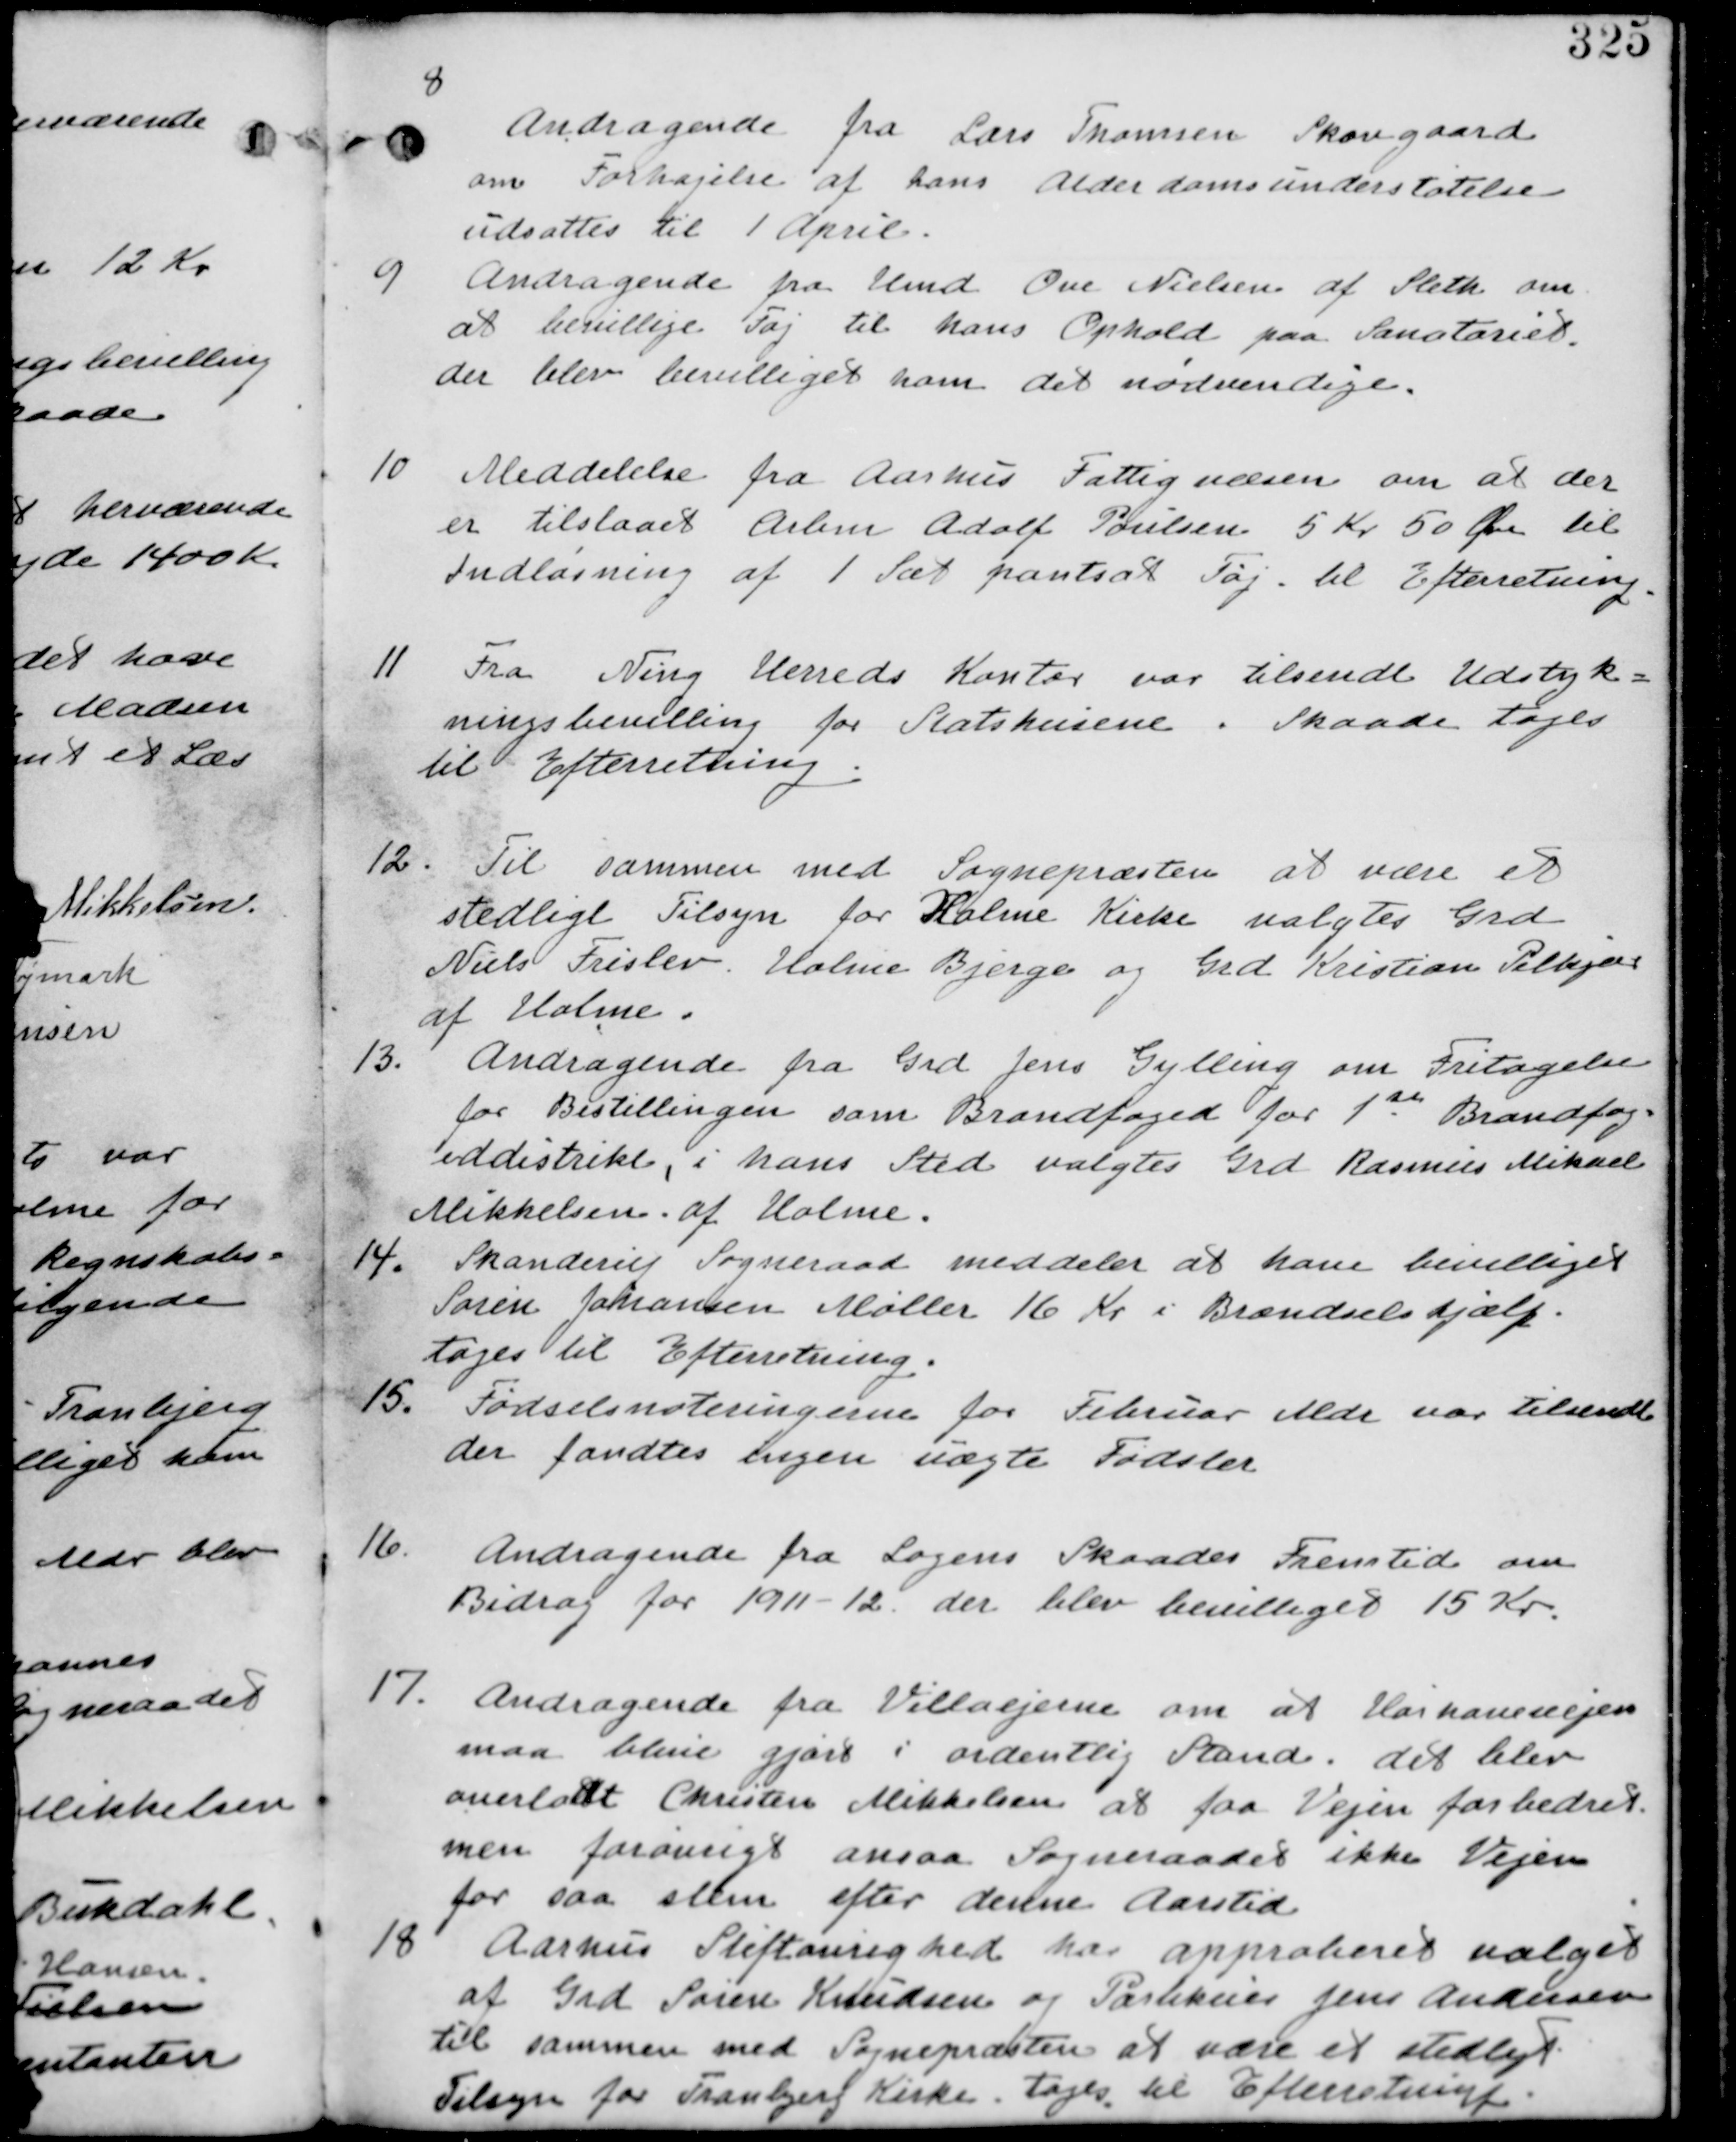
Transskription:
8.
Andragende fra Lars Thomsen Skovgaard
0m Forhøjelse af hans Alderdomsunderstøttelse
udsættes til 1. April

9. Andragende fra Knud Ove Nielsen af Sleth om
at bevillige Tøj til hans Ophold paa Sanatoriet.
der blev bevilliget ham det nødvendige.

10. Meddelelse fra Aarhus Fattignævn om at der
er tilstået Arline Adolf Poulsen 5 Kr 50 Øre til
Indløsning af 1 Sæt pantsat Tøj. til Efterretning.

11. Fra Ning Herreds Kontor var tilsendt Udstyk-
ningsbevilling for Statshusene i Skaade tages
til Efterretning.

12. Til sammen med Sognepræsten at være et
stedligt Tilsyn for Holme Kirke valgtes Grd.
Niels Frislev Holme Bjerge og Grd Kristian Pilkjær
af Holme

13. Andragende fra Grd Jens Gylling om Fritagelse
for Bestillingen som Brandfoged for 1th Brandfog-
eddistrikt, i hans Sted valgtes Grd Rasmus Mikael
Mikkelsen af Holme.

14. Skanderup Sogneraad meddeler at have bevilliget
Søren Johansen Møller 16 Kr i Brændselshjælp.
tages til efterretning.

15.
Fødselsnoteringerne for Februar Mdr var tilsendt
der fandtes ingen uægte Fødsler.

16. Andragende fra Logens Skaades Fremtid om
Bidrag for 1911-12. der blev bevilliget 15 Kr.

17. Andragende fra Villaejerne om at Haihavevejen
maa blive gjort i ordentlig Stand. det blev
overladt Christian Mikkelsen at faa Vejen forbedret,
men forøvrigt ansaa Sogneraadet ikke Vejen
for saa slem efter denne Aarstid

18. Aarhus Stiftmenighed har approbieret valget
af Grd Søren Knudsen og Par?? Jens Andersen
til sammen med Sognepræsten at være et stedligt
Tilsyn for Tranbjerg Kirke. tages til Efterretning